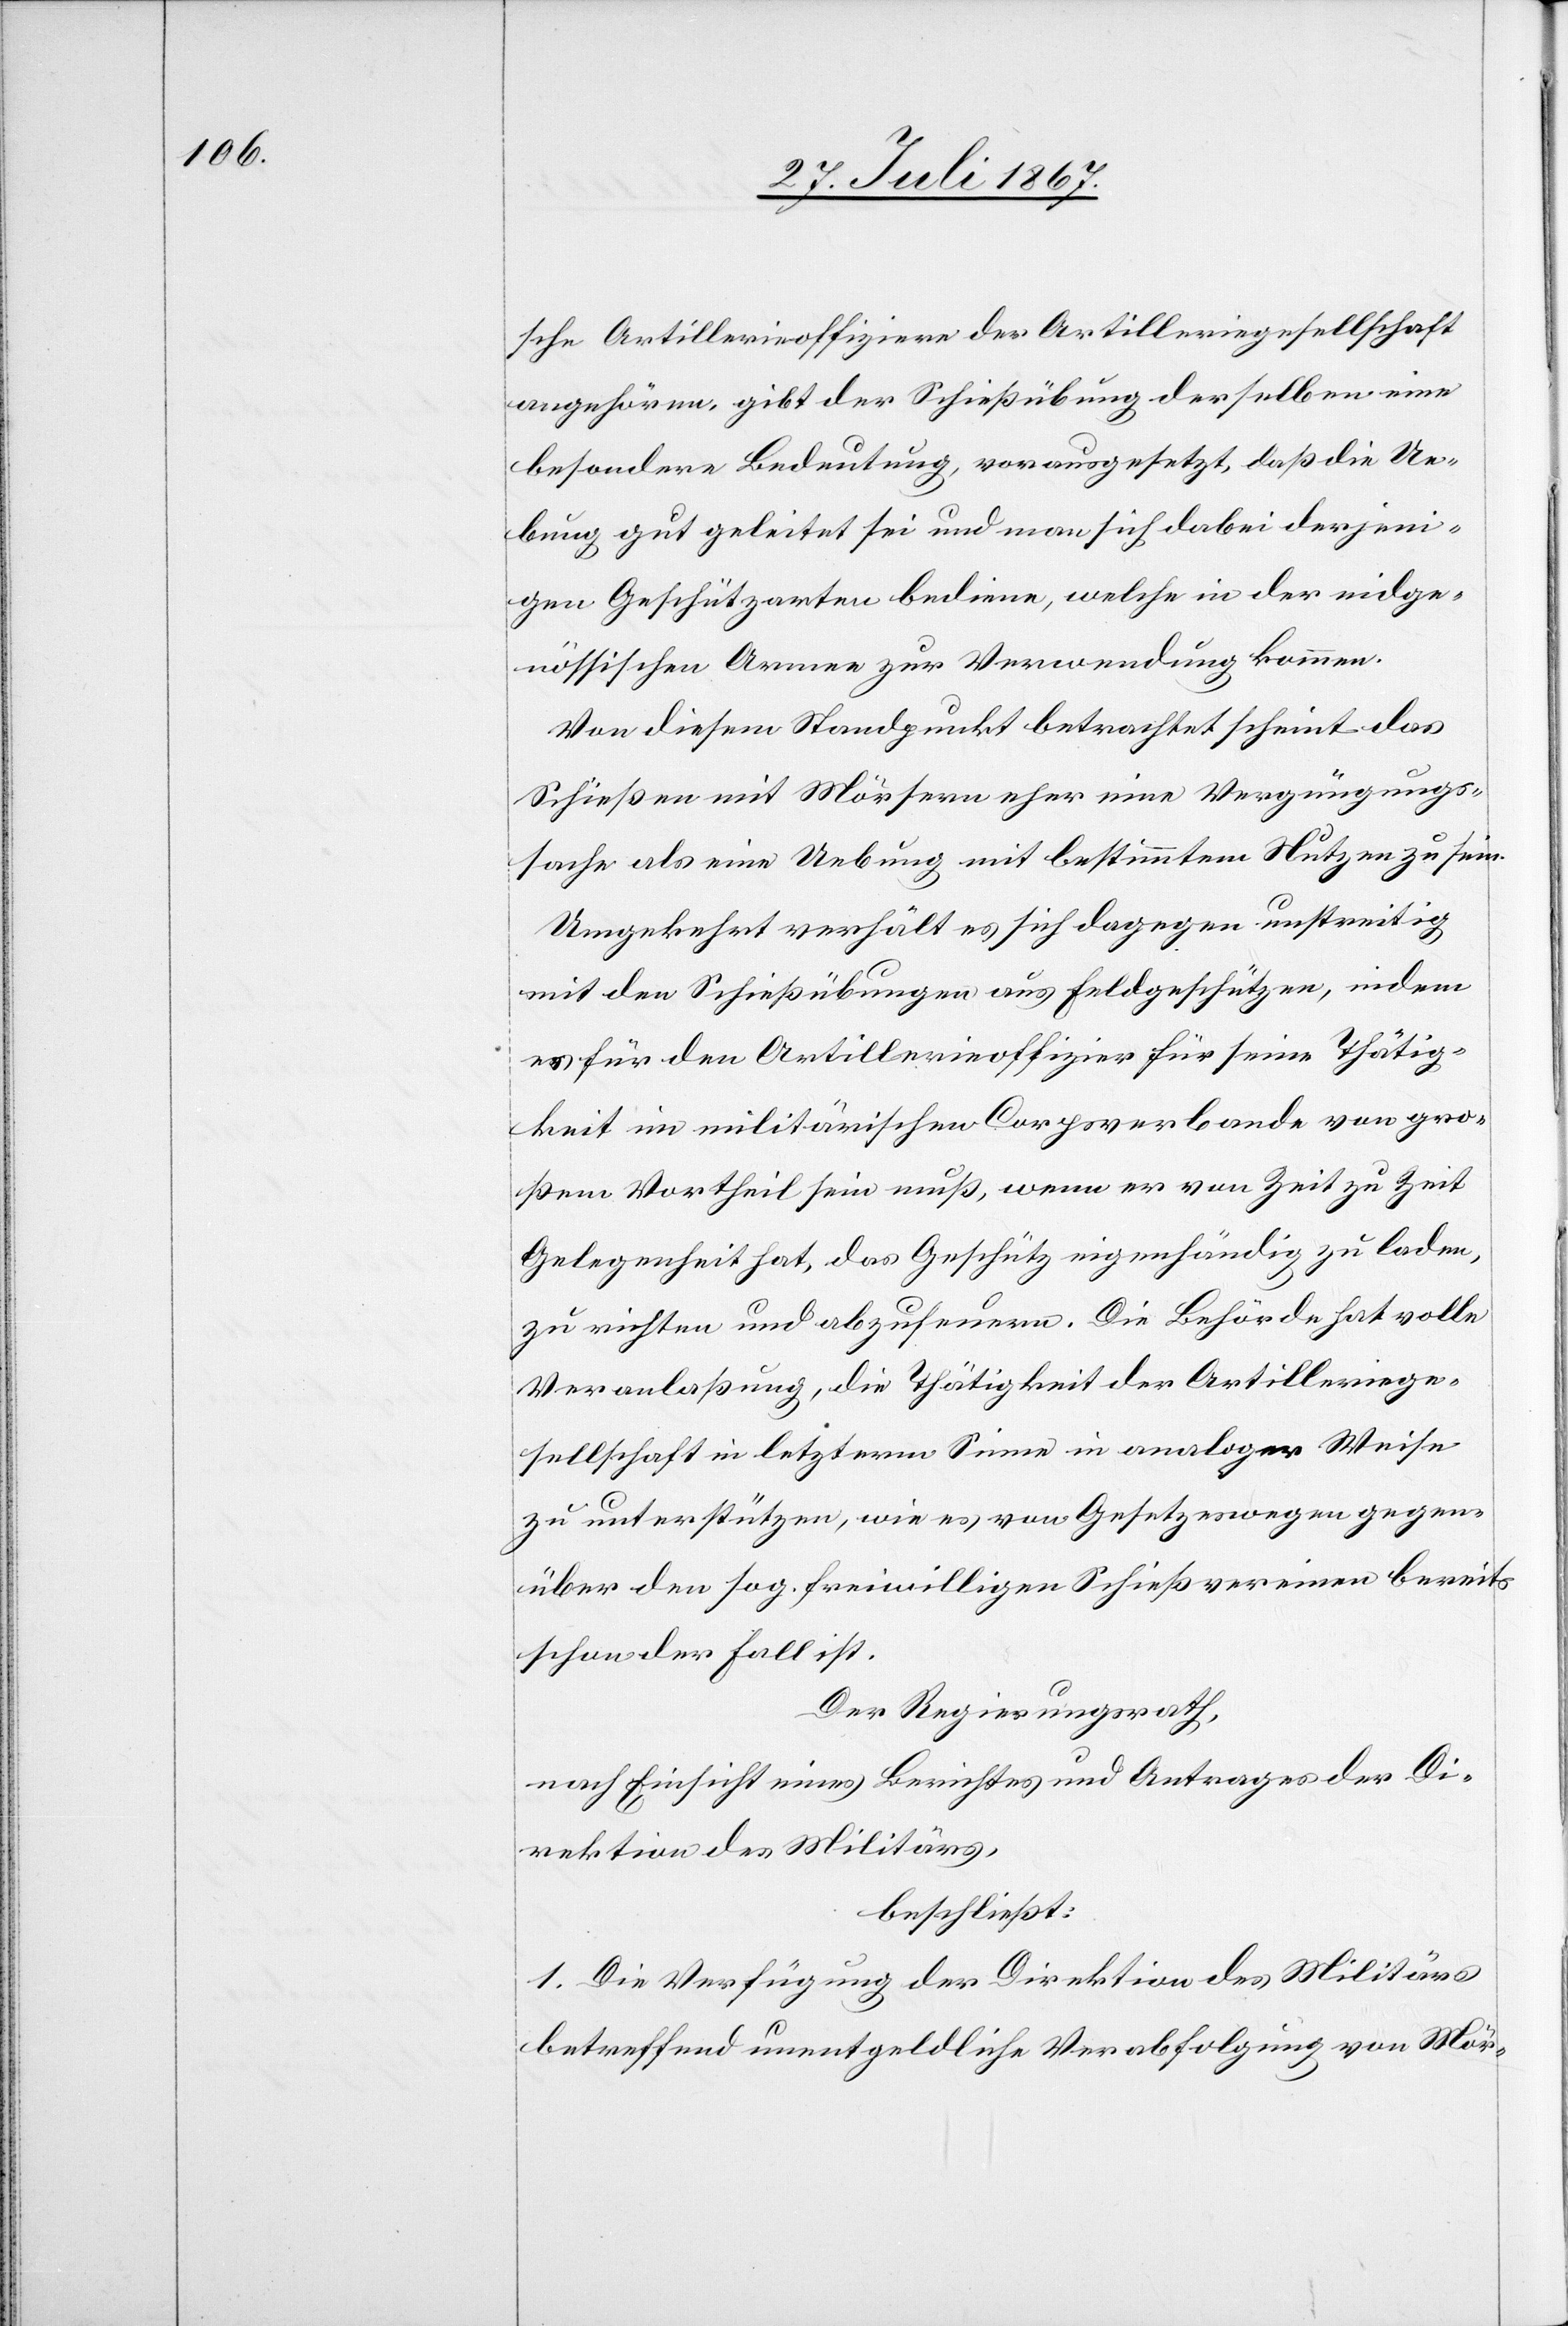
sche Artillerieoffiziere der Artilleriegesellschaft
angehören, gibt der Schießübung derselben eine
besondere Bedeutung, vorausgesetzt, daß die Ue¬
bung gut geleitet sei und man sich dabei derjeni¬
gen Geschützarten bediene, welche in der eidge¬
nössischen Armee zur Verwendung kommen.
Von diesem Standpunkt betrachtet scheint das
Schießen mit Mörsern eher einer Vergnügungs¬
sache als eine Uebung mit bestimmtem Nutzen zu sein.
Umgekehrt verhält es sich dagegen unstreitig
mit den Schießübungen aus Feldgeschützen, indem
es für den Artillerieoffizier für seine Thätig¬
keit im militärischen Corpsverbande von gro¬
ßem Vortheil sein muß, wenn er von Zeit zu Zeit
Gelegenheit hat, das Geschütz eigenhändig zu laden,
zu richten und abzufeuern. Die Behörde hat volle
Veranlaßung, die Thätigkeit der Artilleriege¬
sellschaft in letzterm Sinne in analoger Weise
zu unterstützen, wie es von Gesetzeswegen gegen¬
über den sog. freiwilligen Schießvereinen bereits
schon der Fall ist.
Der Regierungsrath,
nach Einsicht eines Berichtes und Antrages der Di¬
rektion des Militärs,
beschließt:
1. Die Verfügung der Direktion des Militärs
betreffend unentgeldliche Verabfolgung von Mör-